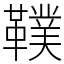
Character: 䪁